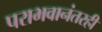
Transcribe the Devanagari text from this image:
पराभवानंतरही